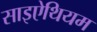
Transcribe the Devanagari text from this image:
साइऐथियम